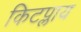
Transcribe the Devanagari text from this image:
किटप्लाय